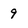
Character: 9